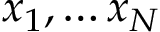
x _ { 1 } , \ldots x _ { N }